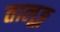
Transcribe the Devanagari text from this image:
तालूङ्ग